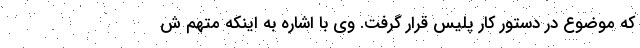
که موضوع در دستور کار پلیس قرار گرفت. وی با اشاره به اینکه متهم ش